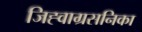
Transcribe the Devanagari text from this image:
जिह्वाग्रसनिका